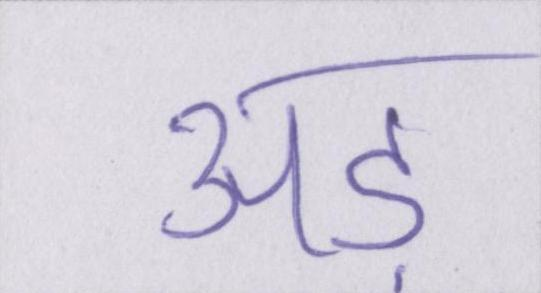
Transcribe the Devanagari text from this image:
अड़